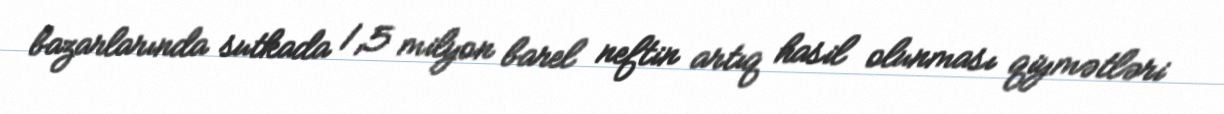
bazarlarında sutkada 1,5 milyon barel neftin artıq hasil olunması qiymətləri